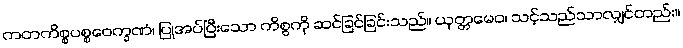
ကတကိစ္စပစ္စဝေက္ခဏံ၊ ပြုအပ်ပြီးသော ကိစ္စကို ဆင်ခြင်ခြင်းသည်။ ယုတ္တမေဝ၊ သင့်သည်သာလျှင်တည်း။